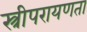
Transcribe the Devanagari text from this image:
स्त्रीपरायणता